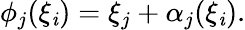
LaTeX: \phi_{j}(\xi_{\mathit{i}})=\xi_{j}+\alpha_{j}(\xi_{\mathit{i}}).